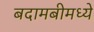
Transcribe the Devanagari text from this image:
बदामबीमध्ये